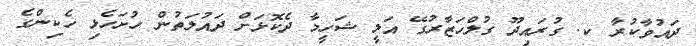
ދައުވާކުރާ ކ. ގުރައިދޫ ގުލްހަޒާރުގޭ އަލީ ޝަހީމާ ދެކޮޅަށް ދައުލަތުން ހުށަހެޅި ހެކިންގެ